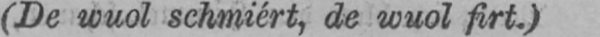
(De wuol schmiért, de wuol firt.)